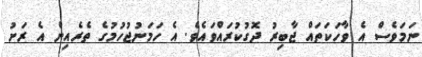
ނަމަވެސް އެ ވާހަކަތައް ޖާބިރު ދޮގުކުރައްވައެވެ. އެ ހަމަނުޖުހުމުގެ ތެރެއިން އެ ރަށު